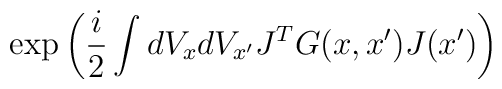
\exp\left( \frac{i}{2}\int dV_x dV_{x'} J^T G(x,x') J(x')\right)